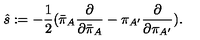
{ \hat { s } } : = - { \frac { 1 } { 2 } } ( { \bar { \pi } } _ { A } { \frac { \partial } { \partial { \bar { \pi } } _ { A } } } - \pi _ { A ^ { \prime } } { \frac { \partial } { \partial \pi _ { A ^ { \prime } } } } ) .